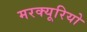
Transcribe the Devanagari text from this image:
मरक्यूरियो